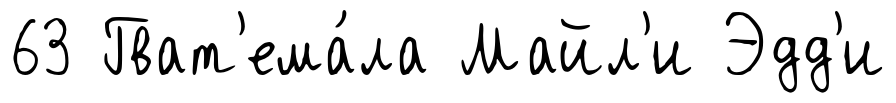
63 Гват'ема́ла Майл'и Эдд'и